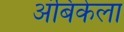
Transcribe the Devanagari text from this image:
अंबिकेला